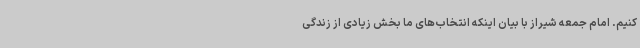
کنیم. امام جمعه شیراز با بیان اینکه انتخاب‌های ما بخش زیادی از زندگی